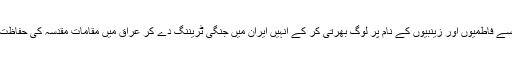
پاکستان اور افغانستان سے فاطمیوں اور زینبیوں کے نام پر لوگ بھرتی کر کے انہیں ایران میں جنگی ٹریننگ دے کر عراق میں مقامات مقدسہ کی حفاظت کے نام پر بھیجا گیا ۔